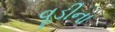
વૂડીના